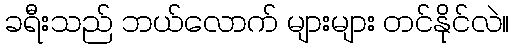
ခရီးသည် ဘယ်လောက် များများ တင်နိုင်လဲ။